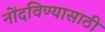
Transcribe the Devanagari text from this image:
नोंदविण्यासाठी